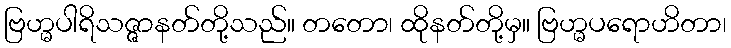
ဗြဟ္မပါရိသဇ္ဇာနတ်တို့သည်။ တတော၊ ထိုနတ်တို့မှ။ ဗြဟ္မပရောဟိတာ၊